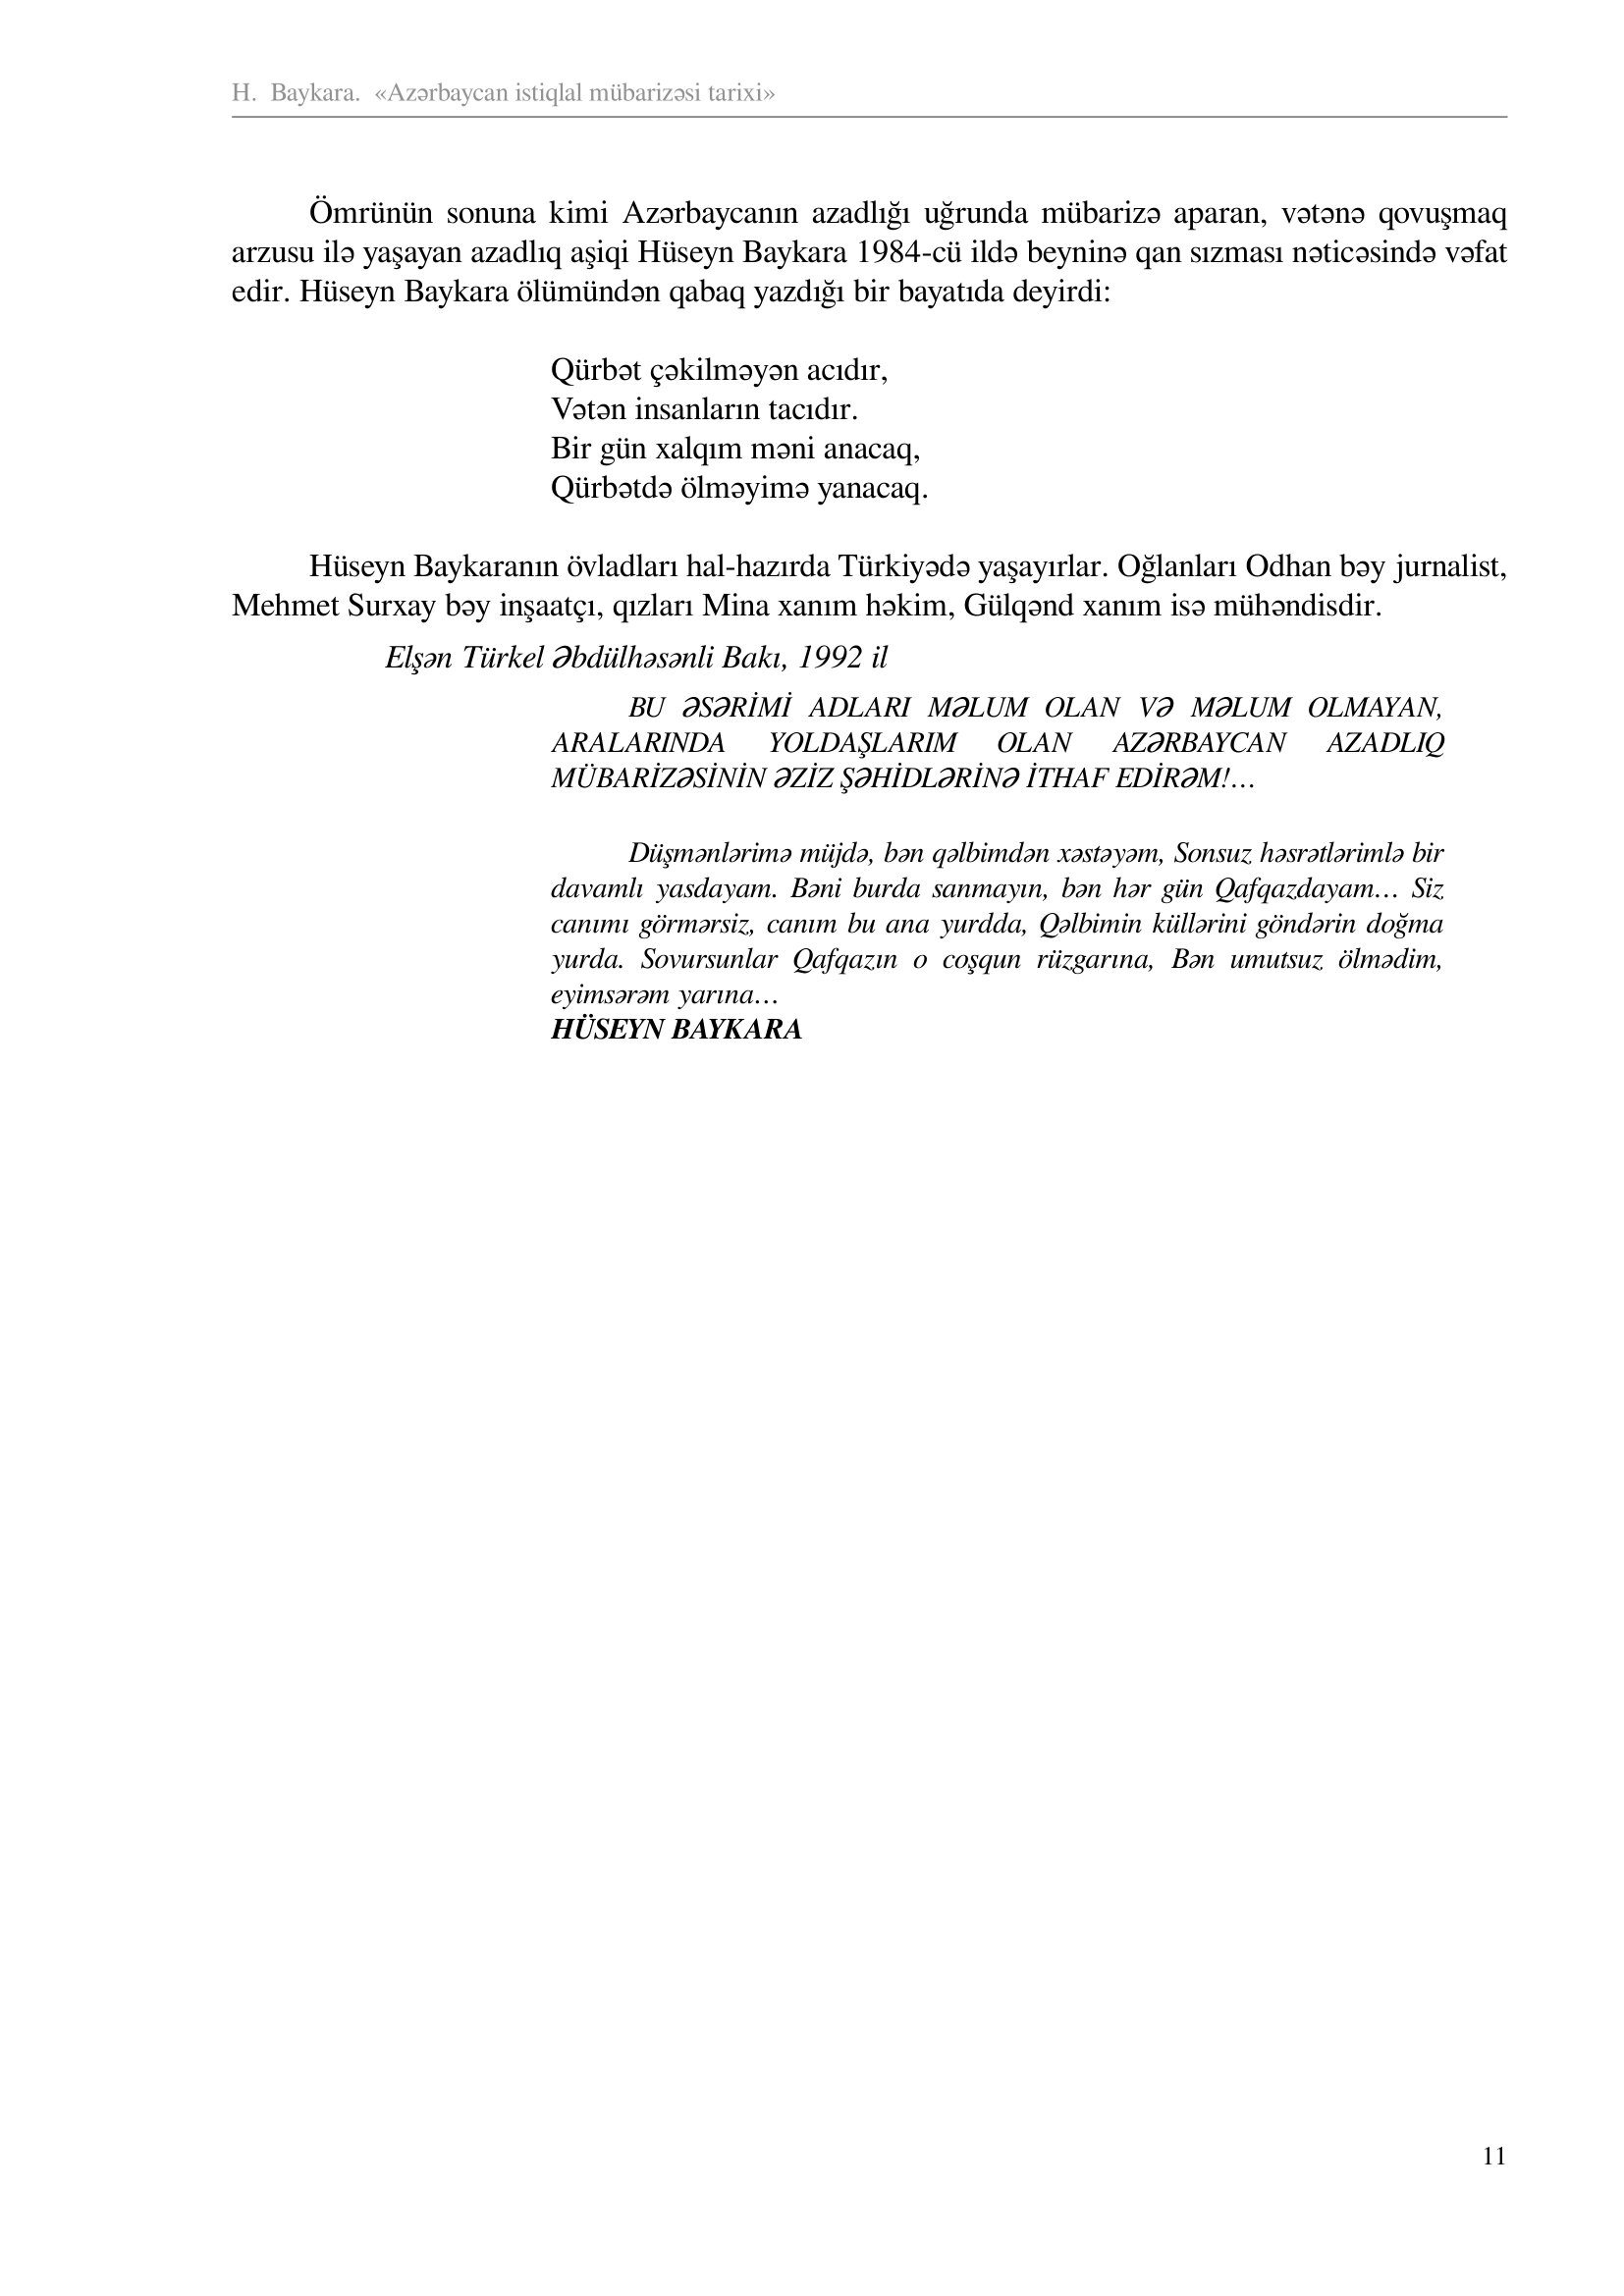
Language: az